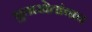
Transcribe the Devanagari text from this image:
भुताखेतांचाच